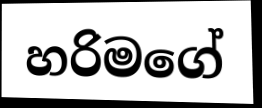
හරිමගේ